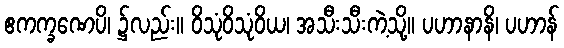
ဧကက္ခဏေပိ၊ ၌လည်း။ ဝိသုံဝိသုံဝိယ၊ အသီးသီးကဲ့သို့။ ပဟာနာနိ၊ ပဟာန်